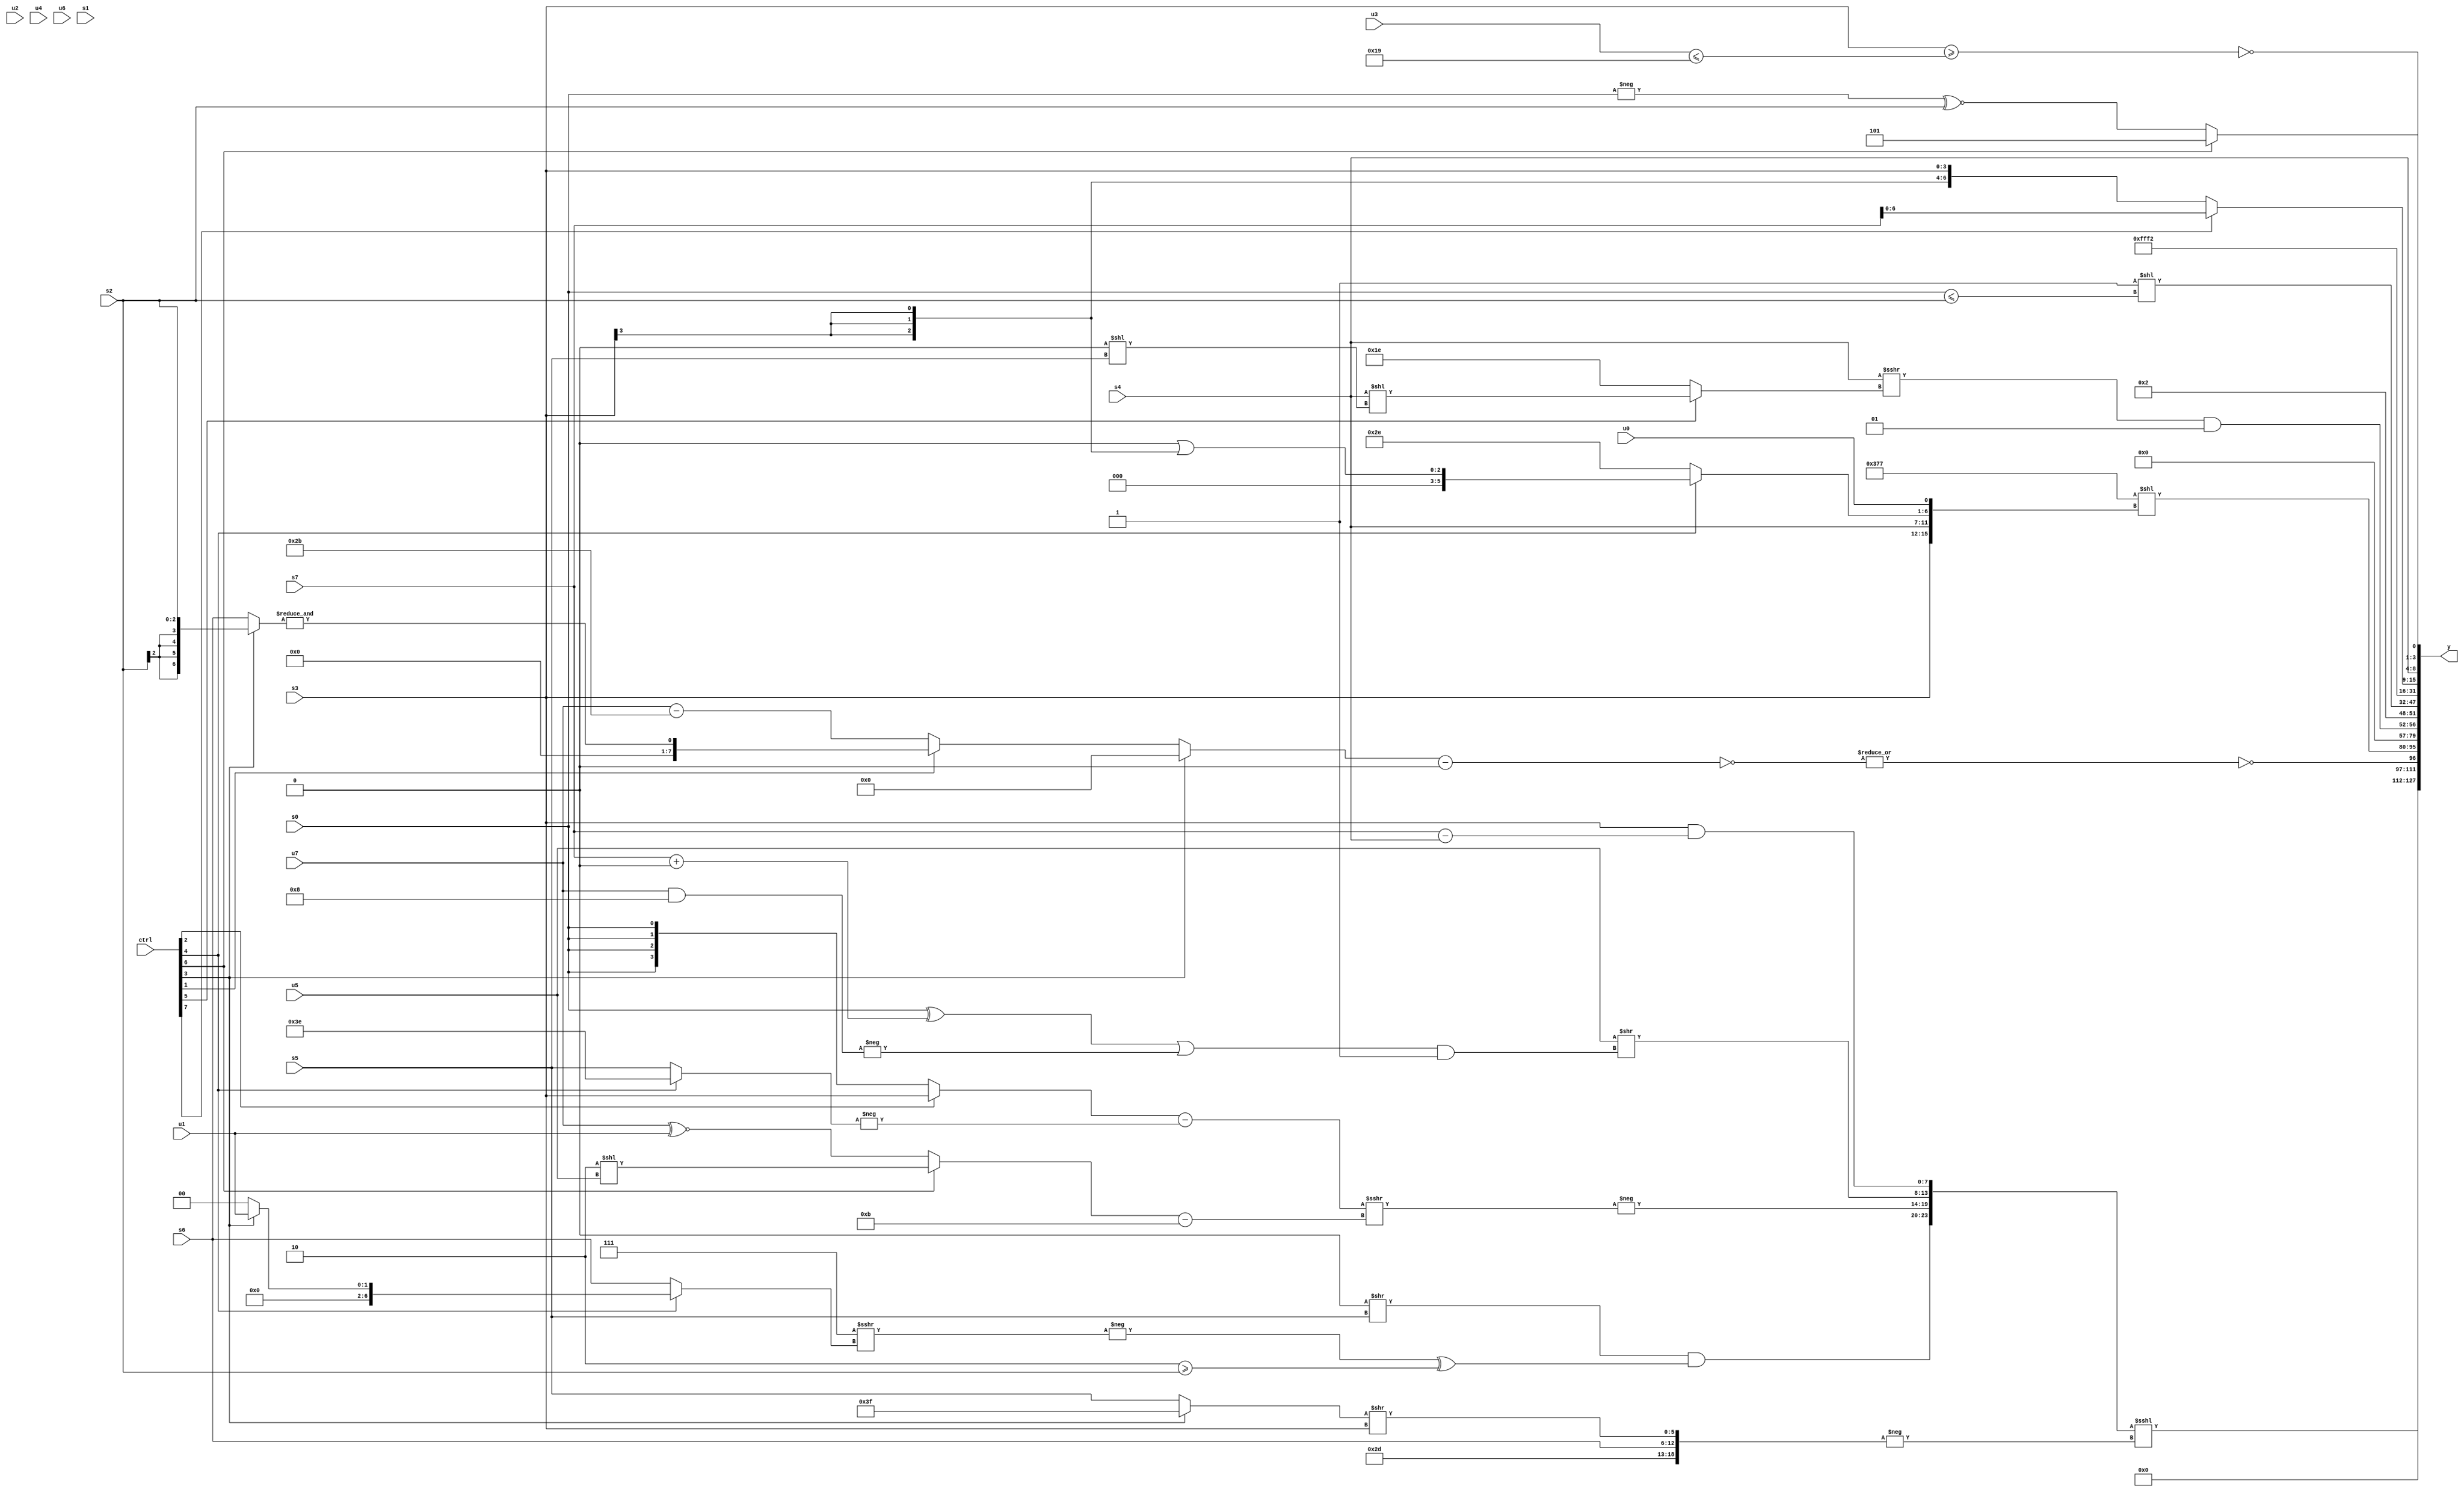
module wideexpr_00079(ctrl, u0, u1, u2, u3, u4, u5, u6, u7, s0, s1, s2, s3, s4, s5, s6, s7, y);
  input [7:0] ctrl;
  input [0:0] u0;
  input [1:0] u1;
  input [2:0] u2;
  input [3:0] u3;
  input [4:0] u4;
  input [5:0] u5;
  input [6:0] u6;
  input [7:0] u7;
  input signed [0:0] s0;
  input signed [1:0] s1;
  input signed [2:0] s2;
  input signed [3:0] s3;
  input signed [4:0] s4;
  input signed [5:0] s5;
  input signed [6:0] s6;
  input signed [7:0] s7;
  output [127:0] y;
  wire [15:0] y0;
  wire [15:0] y1;
  wire [15:0] y2;
  wire [15:0] y3;
  wire [15:0] y4;
  wire [15:0] y5;
  wire [15:0] y6;
  wire [15:0] y7;
  assign y = {y0,y1,y2,y3,y4,y5,y6,y7};
  assign y0 = ({((1'sb0)>>(s5))&((-((({4{1'b0}})-(~(4'sb0110)))>>>((ctrl[4]?(ctrl[3]?u1:1'sb0):$signed(s6)))))^($signed($unsigned(((4'sb1110)>=(s2))^((3'b001)>=(5'b11001)))))),-((((ctrl[2]?s3:s0))-($signed(-((ctrl[4]?4'sb1110:s5)))))>>>($signed(((ctrl[6]?(4'sb0010)<<(u5):(u7)^~(u1)))-(4'sb1011)))),(u5)>>((+(((s0)^((s7)+(1'sb0)))|(-((u7)&(4'b1000)))))&((6'b101010)<=(-(((3'sb000)+(6'sb001101))^(3'sb111))))),$unsigned((s3)&((s7)-(+(s4))))})<<<(+(-({($unsigned((ctrl[5]?{3{4'sb0000}}:(ctrl[5]?3'sb011:6'sb010001))))>>>(3'b111),$signed({{1{3'sb101}},3'sb101,$signed(s6),((ctrl[3]?1'sb1:s5))>>($signed(s3))})})));
  assign y1 = ~|(~(((ctrl[3]?{4{($signed(s2))==({s7,3'sb110,u5})}}:(ctrl[1]?&((ctrl[3]?s2:s6)):$unsigned((u7)-(6'b101011)))))-(!(1'sb1))));
  assign y2 = ((+({-(4'sb0011),(+(6'b110101))|($signed(1'sb0))}))+((1'sb0)+(4'sb0010)))<<({s3,s4,(ctrl[4]?((ctrl[1]?-(1'sb0):2'sb00))|((s3)>>(2'b11)):$signed(-($signed(6'sb010010)))),$unsigned(u0)});
  assign y3 = &(4'sb0111);
  assign y4 = {((s4)>>>((ctrl[5]?$signed((s4)<<((1'b0)<<(s5))):2'sb10)))&($signed(+(3'sb001))),4'b0010};
  assign y5 = ((2'sb11)&(1'sb1))<<((s0)<=(s2));
  assign y6 = 5'sb10010;
  assign y7 = {(ctrl[7]?+(+(s7)):s3),s4,(ctrl[6]?3'sb101:((-(s0))^~(s2))<<<(3'sb000)),!((s3)>=({1{(u3)<=(5'sb11001)}}))};
endmodule